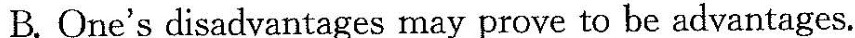
B.One's disadvantages may prove to be advantages.